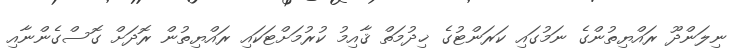
ނިލަންދޫ ރައްޔިތުންގެ ނަމުގައި ކަރަންޓުގެ ޚިދުމަތް ޤާއިމު ކުރުމަށްޓަކައި ރައްޔިތުން ރޮދަށް ގޮސްގެންނާއި